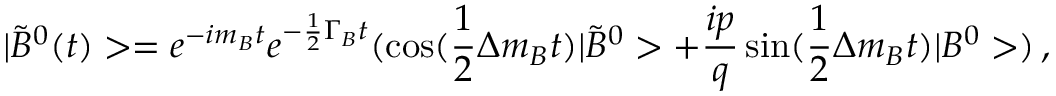
| \tilde { B } ^ { 0 } ( t ) > = e ^ { - i m _ { B } t } e ^ { - \frac { 1 } { 2 } \Gamma _ { B } t } ( \cos ( \frac { 1 } { 2 } \Delta m _ { B } t ) | \tilde { B } ^ { 0 } > + \frac { i p } { q } \sin ( \frac { 1 } { 2 } \Delta m _ { B } t ) | B ^ { 0 } > ) \, ,